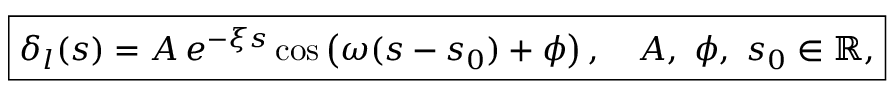
\begin{array} { r } { \boxed { \delta _ { l } ( s ) = A \, e ^ { - \xi s } \cos \left( \omega ( s - s _ { 0 } ) + \phi \right) , \quad A , \ \phi , \ s _ { 0 } \in \mathbb { R } , } } \end{array}